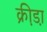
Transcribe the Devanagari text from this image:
क्री़डा़